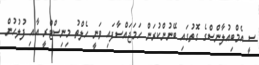
ސީ އެމްބިއުލާންސްގެ ގޮތުގައި ބޭނުންކުރަން ހަމަޖައްސާފައި ވަނީ ހެލްތު މިނިސްޓްރީ އާއި ފުލުހުން